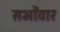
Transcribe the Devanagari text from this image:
सभोंवार